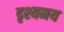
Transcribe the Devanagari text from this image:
दृश्यमय